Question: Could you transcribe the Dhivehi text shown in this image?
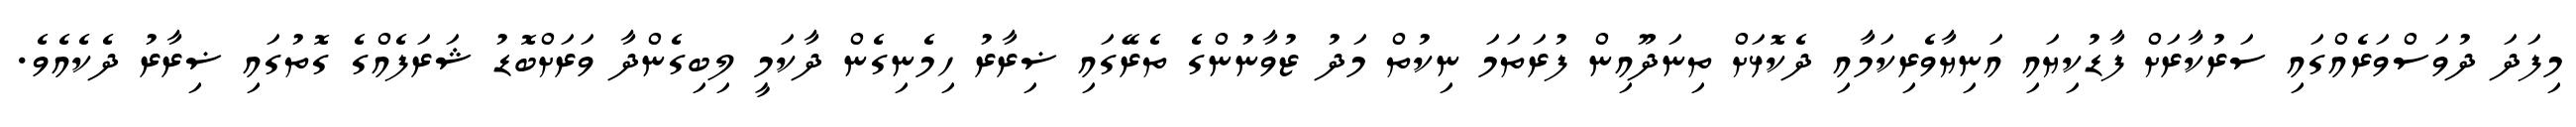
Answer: މިފަދަ ދުވަސްވަރެއްގައި ސަރުކާރަށް ފާޑުކިޔައި އަނިޔާވެރިކަމާއި ދެކޮޅަށް ތިނަދޫއިން ފުރަތަމަ ނިކުތް މަދު ޒުވާނުންގެ ތެރޭގައި ޟިރާރު ހިމެނިގެން ދާކަމީ ލިބިގެންދާ ވަރަށްބޮޑު ޝަރަފެއްގެ ގޮތުގައި ޟިރާރު ދެކެއެވެ.